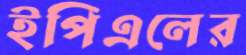
ইপিএলের